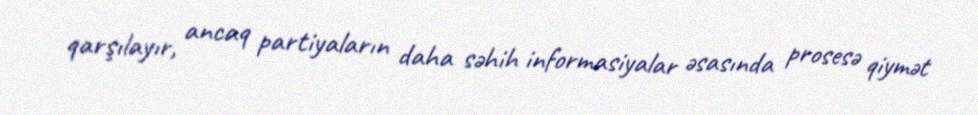
qarşılayır, ancaq partiyaların daha səhih informasiyalar əsasında prosesə qiymət